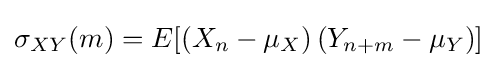
\sigma _{XY}(m)=E[(X_{n}-\mu _{X})\,(Y_{n+m}-\mu _{Y})]